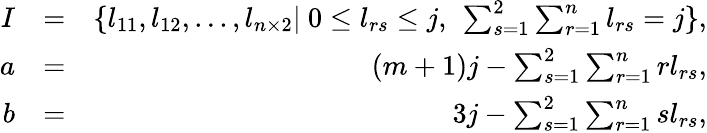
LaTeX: \begin{array}{rlr}{I}&{=}&{\{ l_{11},l_{12},...,l_{n\times 2}|\mathrm{~}0\leq l_{rs}\leq j\mathrm{,~}\sum_{s=1}^{2}\sum_{r=1}^{n}l_{rs}=j\} ,}\\ {a}&{=}&{(m+1)j-\sum_{s=1}^{2}\sum_{r=1}^{n}rl_{rs}\mathrm{,}}\\ {b}&{=}&{3j-\sum_{s=1}^{2}\sum_{r=1}^{n}sl_{rs},}\end{array}